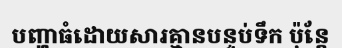
បញ្ហាធំដោយសារគ្មានបន្ទប់ទឹក ប៉ុន្តែ